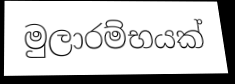
මුලාරම්භයක්